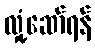
လှုံ့ဆော်ရန်